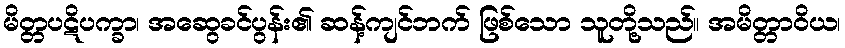
မိတ္တပဋိပက္ခာ၊ အဆွေခင်ပွန်း၏ ဆန့်ကျင်ဘက် ဖြစ်သော သူတို့သည်။ အမိတ္တာဝိယ၊